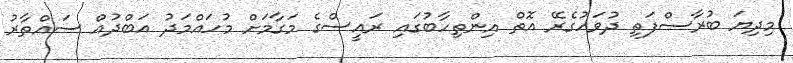
މިދިޔަ ބުރާސްފަތި ދުވަހުގެރޭ އޮތް އިންތިހާބުގައި ރައީސްގެ މަގާމަށް މުހައްމަދު އަބްދުއް ސައްތާރު